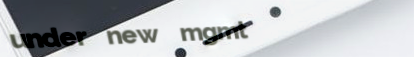
under new mgmt